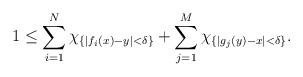
LaTeX: \begin{align*}1\leq \sum_{i=1}^N\chi_{\{|f_i(x)-y|<\delta\}}+\sum_{j=1}^M\chi_{\{|g_j(y)-x|< \delta\}}.\end{align*}